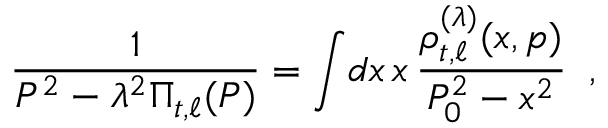
{ \frac { 1 } { P ^ { 2 } - \lambda ^ { 2 } { \mit \Pi } _ { t , \ell } ( P ) } } = \int \! d x \, x \, { \frac { \rho _ { t , \ell } ^ { ( \lambda ) } ( x , p ) } { P _ { 0 } ^ { 2 } - x ^ { 2 } } } \; \; , \; \;